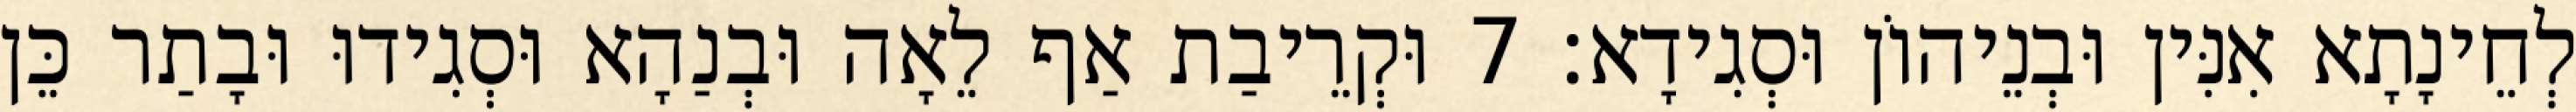
לְחֵינָתָא אִנִּין וּבְנֵיהוֹן וּסְגִידָא׃ 7 וּקְרֵיבַת אַף לֵאָה וּבְנַהָא וּסְגִידוּ וּבָתַר כֵּן